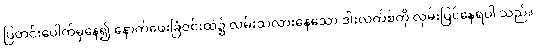
ပြတင်းပေါက်မှနေ၍ နောက်ဖေးခြံဝင်းထဲ၌ လမ်းသလားနေသော ဒါးလက်စ်ကို လှမ်းမြင်နေရပါ သည်။